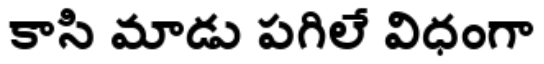
కాసి మాడు పగిలే విధంగా